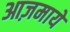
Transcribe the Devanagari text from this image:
आज़माये